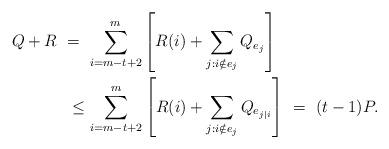
LaTeX: \begin{align*}Q+R \ &= \ \sum_{i=m-t+2}^m \left[R(i)+\sum_{j:i\notin e_j}Q_{e_j}\right] \\& \ \leq\sum_{i=m-t+2}^m \left[R(i)+\sum_{j:i\notin e_j}Q_{e_{j|i}}\right] \ = \ (t-1)P. \end{align*}